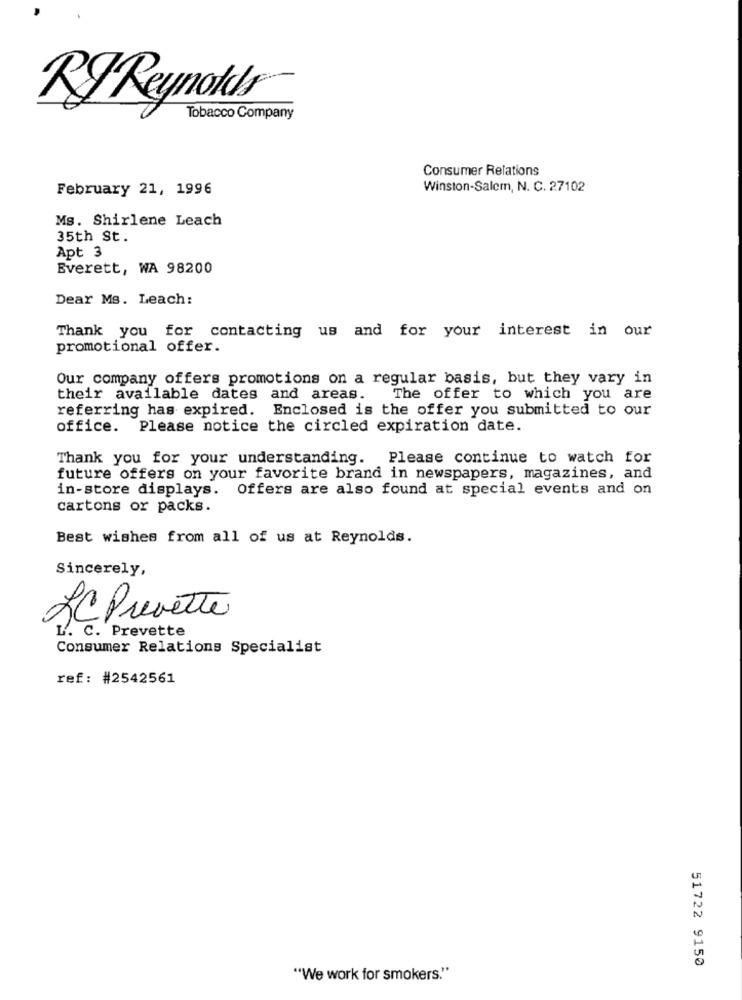
KyReynolds®
Tobacco Company
Consumer Relations
February 21, 1996
Winston-Salem, N. C. 27102
Ms. Shirlene Leach
35th St.
Apt 3
Everett, WA 98200
Dear Ms. Leach:
Thank you for contacting us and for your interest in our
promotional offer.
Our company offers promotions on a regular basis, but they vary in
their available dates and areas.
The offer to which you are
referring has expired. Enclosed is the offer you submitted to our
office. Please notice the circled expiration date.
Thank you for your understanding. Please continue to watch for
future offers on your favorite brand in newspapers, magazines, and
in-store displays. Offers are also found at special events and on
cartons or packs.
Best wishes from all of us at Reynolds.
Sincerely,
LC Prevette
L. C. Prevette
Consumer Relations Specialist
ref: #2542561
51722 9150
"We work for smokers."